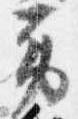
労